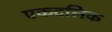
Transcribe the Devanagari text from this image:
एकदलिक